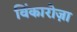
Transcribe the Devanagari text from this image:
विंकारोज़ा